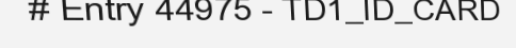
# Entry 44975 - TD1_ID_CARD